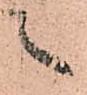
々